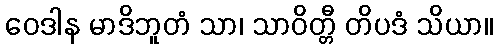
ဝေဒါန မာဒိဘူတံ သာ၊ သာဝိတ္တီ တိပဒံ သိယာ။